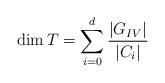
LaTeX: \begin{align*}\dim T = \sum_{i=0}^d \frac{|G_{IV}|}{|C_i|}\end{align*}